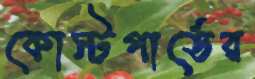
কোস্টগার্ডের